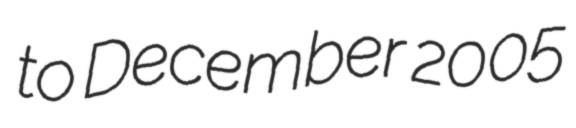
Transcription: to December 2005